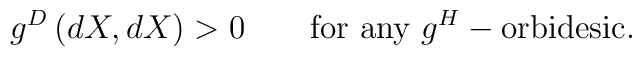
g^D\left(dX,dX\right) > 0 \qquad \textrm{for any } g^H-\textrm{orbidesic}.